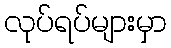
လုပ်ရပ်များမှာ